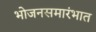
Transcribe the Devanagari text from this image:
भोजनसमारंभात